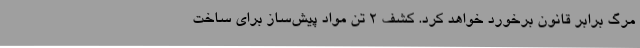
مرگ برابر قانون برخورد خواهد کرد. کشف 2 تن مواد پیش‌ساز برای ساخت